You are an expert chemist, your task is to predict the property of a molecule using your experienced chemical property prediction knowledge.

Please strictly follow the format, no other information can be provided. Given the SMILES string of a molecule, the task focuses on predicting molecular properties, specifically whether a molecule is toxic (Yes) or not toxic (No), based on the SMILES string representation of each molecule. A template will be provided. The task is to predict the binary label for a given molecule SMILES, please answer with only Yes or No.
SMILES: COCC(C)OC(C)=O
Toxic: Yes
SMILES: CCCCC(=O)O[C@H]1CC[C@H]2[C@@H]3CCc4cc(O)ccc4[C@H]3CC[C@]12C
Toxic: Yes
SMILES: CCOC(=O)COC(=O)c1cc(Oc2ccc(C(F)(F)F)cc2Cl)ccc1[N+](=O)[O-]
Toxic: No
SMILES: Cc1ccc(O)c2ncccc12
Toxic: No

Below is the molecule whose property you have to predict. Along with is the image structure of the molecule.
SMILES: O=C(O)C(=O)O
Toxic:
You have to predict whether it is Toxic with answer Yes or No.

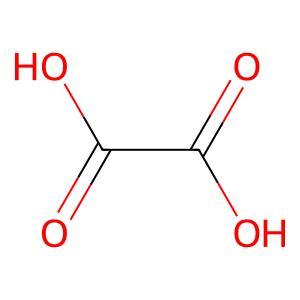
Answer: No